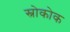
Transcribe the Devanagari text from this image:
स्नोकोक